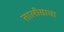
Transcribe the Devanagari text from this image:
तालीसाचा